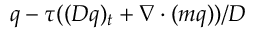
q - \tau ( ( D q ) _ { t } + \nabla \cdot ( m q ) ) / D